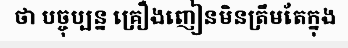
ថា បច្ចុប្បន្ន គ្រឿងញៀនមិនត្រឹមតែក្នុង